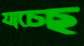
যাচেছ